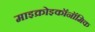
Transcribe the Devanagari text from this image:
माइक्रोइकॉनॉमिक